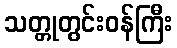
သတ္တုတွင်းဝန်ကြီး